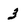
Character: 3